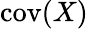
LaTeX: \operatorname{cov}(X)